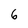
Character: 6